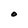
Character: O